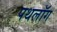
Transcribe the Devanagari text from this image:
पथलॉग